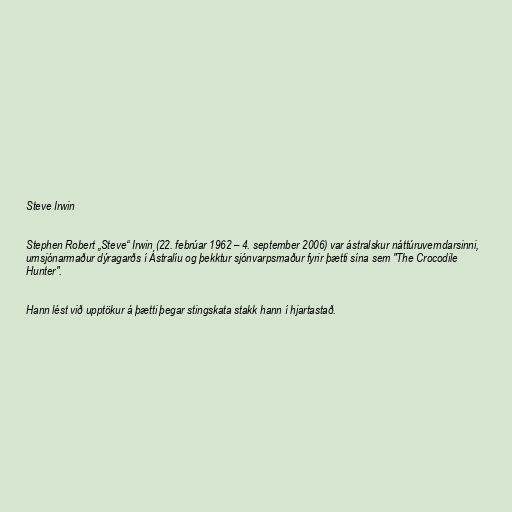
Steve Irwin

Stephen Robert „Steve“ Irwin (22. febrúar 1962 – 4. september 2006) var ástralskur náttúruverndarsinni,
umsjónarmaður dýragarðs í Ástralíu og þekktur sjónvarpsmaður fyrir þætti sína sem "The Crocodile
Hunter".

Hann lést við upptökur á þætti þegar stingskata stakk hann í hjartastað.